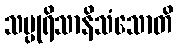
သပ္ပုရိသာနိသံသောတိ